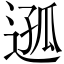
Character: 𨔌